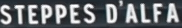
STEPPESSD'ALFA